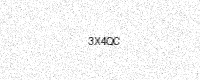
Text: 3X4QC